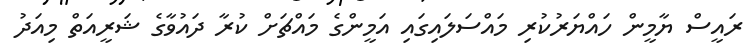
ރައީސް ޔާމީން ހައްޔަރުކުރި މައްސަލައިގައި އަމީންގެ މައްޗަށް ކުރާ ދައުވާގެ ޝަރީއަތް މިއަދު